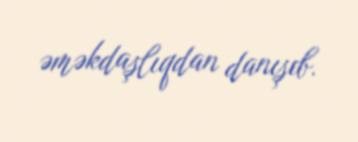
əməkdaşlıqdan danışıb.